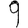
Digit: 9